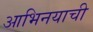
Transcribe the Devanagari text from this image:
आभिनयाची